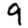
Digit: 9